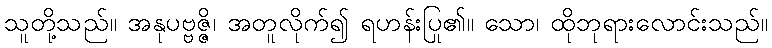
သူတို့သည်။ အနုပဗ္ဗဇ္ဇိ၊ အတူလိုက်၍ ရဟန်းပြု၏။ သော၊ ထိုဘုရားလောင်းသည်။